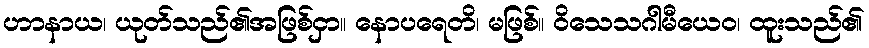
ဟာနာယ၊ ယုတ်သည်၏အဖြစ်ငှာ။ နောပရေတိ၊ မဖြစ်။ ဝိသေသဂါမီယေဝ၊ ထူးသည်၏